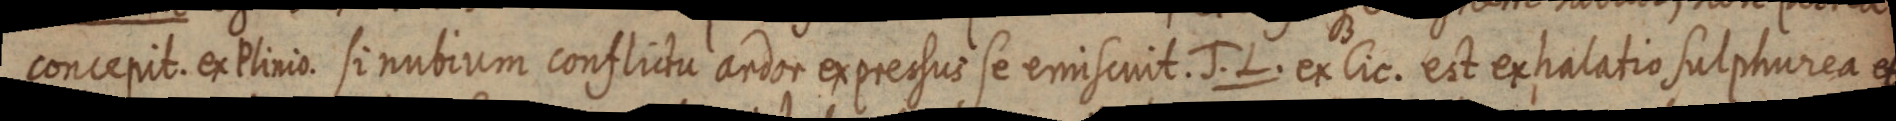
concepit. ex Plinio sinutium conflictu andor exprecsus se ermisenit. J. L. ex lic. est exhalatio sulphurea et